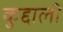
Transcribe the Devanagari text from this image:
कुद्दाली